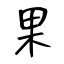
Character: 果